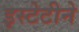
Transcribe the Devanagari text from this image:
इस्टेटीने